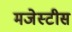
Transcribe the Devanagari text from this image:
मजेस्टीस